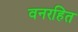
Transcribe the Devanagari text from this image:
वनरहित